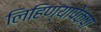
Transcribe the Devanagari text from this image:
लिहिण्यापेक्षा